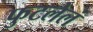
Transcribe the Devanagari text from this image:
फुटलेलं